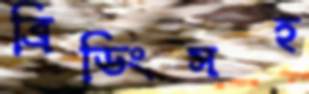
ব্রিডিংসহ